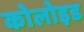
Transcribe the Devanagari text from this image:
कोलोइड